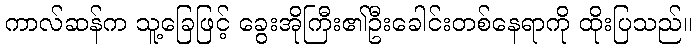
ကာလ်ဆန်က သူ့ခြေဖြင့် ခွေးအိုကြီး၏ဦးခေါင်းတစ်နေရာကို ထိုးပြသည်။